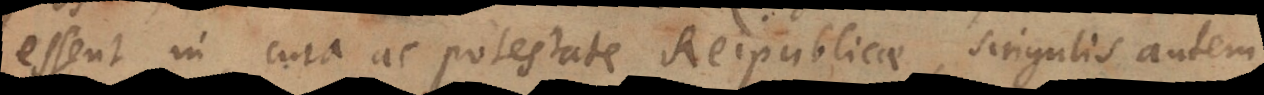
essent in cura ac potestate Reipublicae, singulis autem